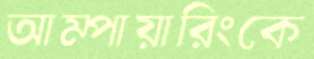
আম্পায়ারিংকে